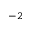
^ { - 2 }